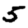
Digit: 5